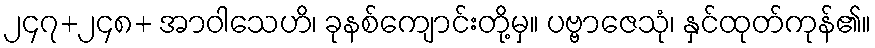
၂၄၇+၂၄၈+ အာဝါသေဟိ၊ ခုနစ်ကျောင်းတို့မှ။ ပဗ္ဗာဇေသုံ၊ နှင်ထုတ်ကုန်၏။